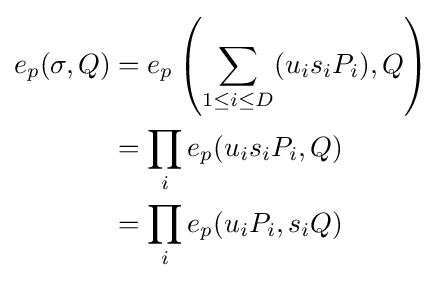
{\begin{aligned}e_{p}(\sigma ,Q)&=e_{p}\left(\sum _{1\leq i\leq D}(u_{i}s_{i}P_{i}),Q\right)\\&=\prod _{i}e_{p}(u_{i}s_{i}P_{i},Q)\\&=\prod _{i}e_{p}(u_{i}P_{i},s_{i}Q)\end{aligned}}